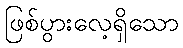
ဖြစ်ပွားလေ့ရှိသော